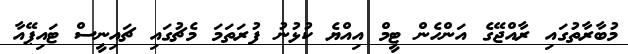
މުބާރާތުގައި ރާއްޖޭގެ އަންހެން ޓީމް އިއްޔެ ކުޅުނު ފުރަތަމަ މެޗުގައި ޗައިނީސް ޓައިޕޭއާ